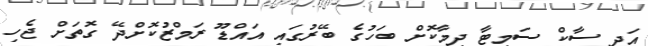
އަދި ސާކް ސަމިޓާ ދިމާކޮށް ބަހުގެ ބޭރުގައި އައްޑޫ ރަމްޒުކޮށްދޭ ގޮތަށް ޖެހި